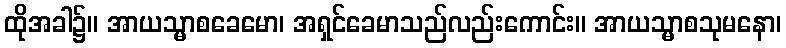
ထိုအခါ၌။ အာယသ္မာစခေမော၊ အရှင်ခေမာသည်လည်းကောင်း။ အာယသ္မာစသုမနော၊